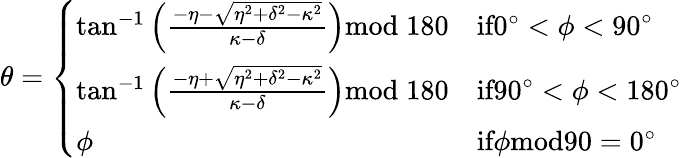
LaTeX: \theta=\left\{ \begin{array}{ll}{\begin{array}{ll}{\textrm{tan}^{-1}\left(\frac{-\eta-\sqrt{\eta^{2}+\delta^{2}-\kappa^{2}}}{\kappa-\delta}\right)\textrm{mod}\; 180}&{\textrm{if}0^{\circ}<\phi<90^{\circ}}\\ {\textrm{tan}^{-1}\left(\frac{-\eta+\sqrt{\eta^{2}+\delta^{2}-\kappa^{2}}}{\kappa-\delta}\right)\textrm{mod}\; 180}&{\textrm{if}90^{\circ}<\phi<180^{\circ}}\\ {\phi}&{\textrm{if}\phi\textrm{mod}90=0^{\circ}}\end{array}}\end{array}\right.